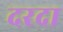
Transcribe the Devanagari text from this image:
दरदा